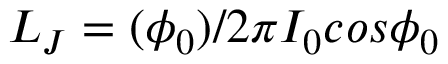
L _ { J } = ( \phi _ { 0 } ) / 2 \pi I _ { 0 } c o s \phi _ { 0 }